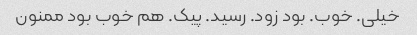
خیلی. خوب. بود زود. رسید. پیک. هم خوب بود ممنون